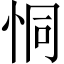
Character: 恫